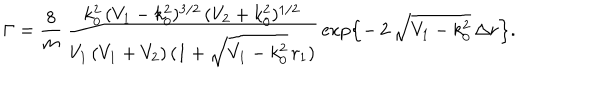
LaTeX: \Gamma = \frac { 8 } { m } \, \frac { k _ { 0 } ^ { 2 } \, ( V _ { 1 } - k _ { 0 } ^ { 2 } ) ^ { 3 / 2 } \, ( V _ { 2 } + k _ { 0 } ^ { 2 } ) ^ { 1 / 2 } } { V _ { 1 } \, ( V _ { 1 } + V _ { 2 } ) \, ( 1 + \sqrt { V _ { 1 } - k _ { 0 } ^ { 2 } } \, r _ { 1 } ) } \, \exp \left\{ - \, 2 \, \sqrt { V _ { 1 } - k _ { 0 } ^ { 2 } } \, \Delta r \right\} .